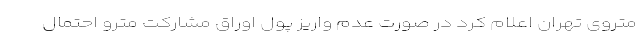
متروی تهران اعلام کرد در صورت عدم واریز پول اوراق مشارکت مترو احتمال